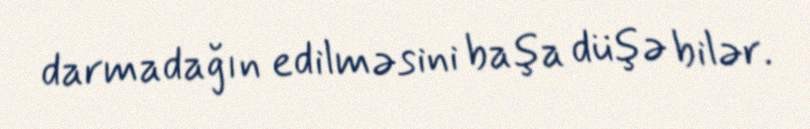
darmadağın edilməsini başa düşə bilər.